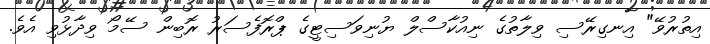
އިތުރުވޭ" އިނގިރޭސި ވިލާތުގެ ނިއުކާސްލް ޔުނިވަސިޓީގެ ޕްރޮފެސަރު ރޮބިން ސޭމޯ ވިދާޅުވި އެވެ.